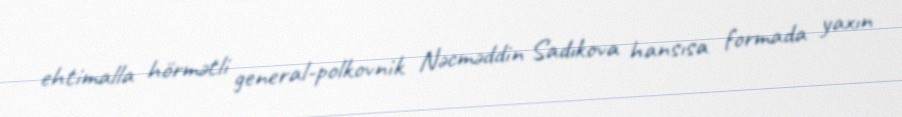
ehtimalla hörmətli general-polkovnik Nəcməddin Sadıkova hansısa formada yaxın